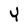
Character: Y